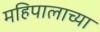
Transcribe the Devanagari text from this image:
महिपालाच्या